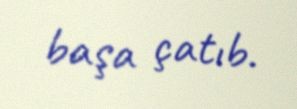
başa çatıb.